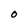
Character: O